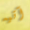
آتيه